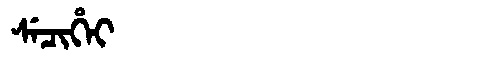
Manchu: ᠰᡝᠴᡳᡥᡝᡳ
Romanization: SECIHEI